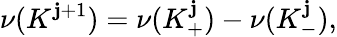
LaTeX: \nu({K^{\mathbf{j}+1}})=\nu({K_{+}^{\mathbf{j}}})-\nu({K_{-}^{\mathbf{j}}}),